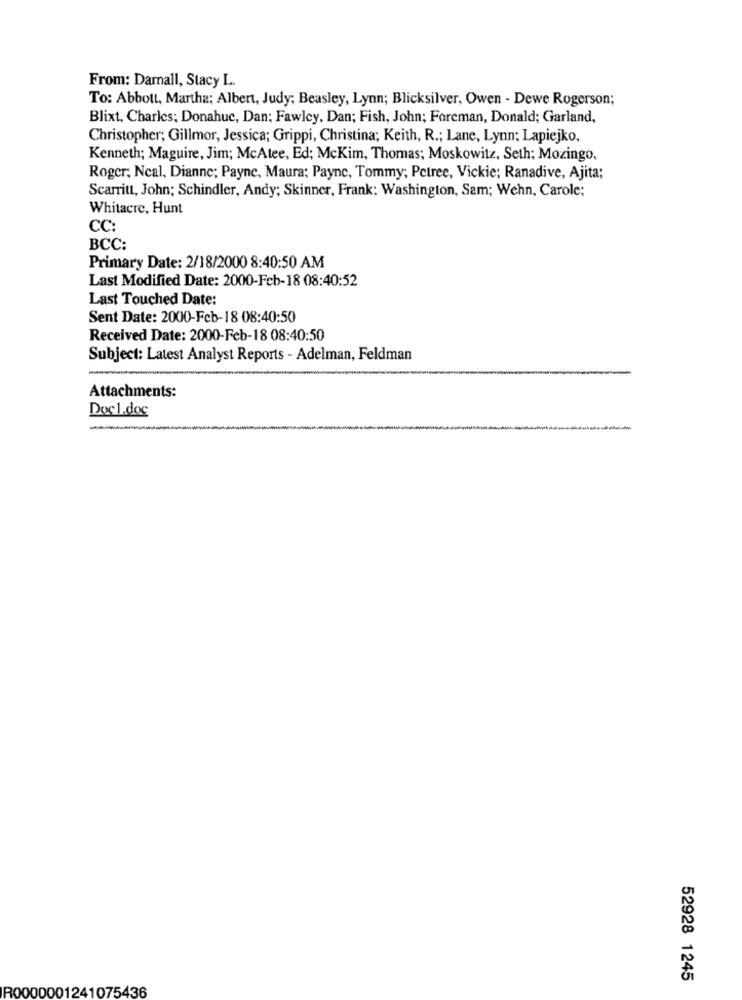
From: Darnall, Stacy L.
To: Abbott, Martha; Albert, Judy; Beasley, Lynn; Blicksilver, Owen - Dewe Rogerson;
Blixt, Charles; Donahue, Dan: Fawley, Dan; Fish, John; Foreman, Donald; Garland,
Christopher; Gillmor, Jessica; Grippi, Christina; Keith, R .; Lane, Lynn; Lapiejko,
Kenneth; Maguire, Jim; McAtee, Ed; McKim, Thomas; Moskowitz, Seth; Mozingo,
Roger; Ncal, Dianne; Payne, Maura; Payne, Tommy; Petree, Vickie; Ranadive, Ajita;
Scarritt, John; Schindler, Andy; Skinner, Frank: Washington, Sam; Wehn, Carole;
Whitacre, Hunt
CC:
BCC:
Primary Date: 2/18/2000 8:40:50 AM
Last Modified Date: 2000-Feb-18 08:40:52
Last Touched Date:
Sent Date: 2000-Feb-18 08:40:50
Received Date: 2000-Feb-18 08:40:50
Subject: Latest Analyst Reports - Adelman, Feldman
Attachments:
Doc1.doc
-
52928 1245
R0000001241075436